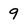
Character: 9